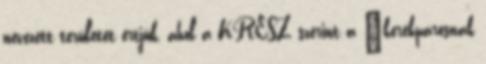
nevezett területet értjük, ahol a KRESZ szerint a „kerékpárosnak